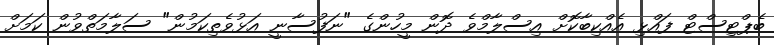
ބެޕްޓިސްޓް ފައްޅި އެއްކިބާކޮށް އިސްލާމްވެ ދޮން މީހުންގެ "ނަފުސާނީ އަޅުވެތިކަމުން" ސަލާމަތްވުން ކަމަށް